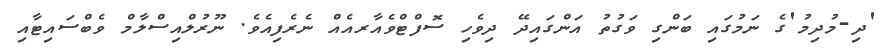
'ދި-މުދިމު'ގެ ނަމުގައި ބަންގި ވަގުތު އަންގައިދޭ ދިވެހި ސޮފްޓްވެއާރއެއް ނެރެފިއެވެ. ނޫރުލްއިސްލާމް ވެބްސައިޓާއި